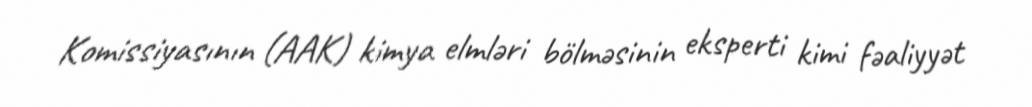
Komissiyasının (AAK) kimya elmləri bölməsinin eksperti kimi fəaliyyət